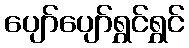
ပျော်ပျော်ရွှင်ရွှင်